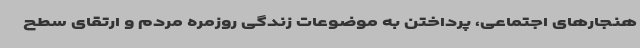
هنجارهای اجتماعی، پرداختن به موضوعات زندگی روزمره مردم و ارتقای سطح